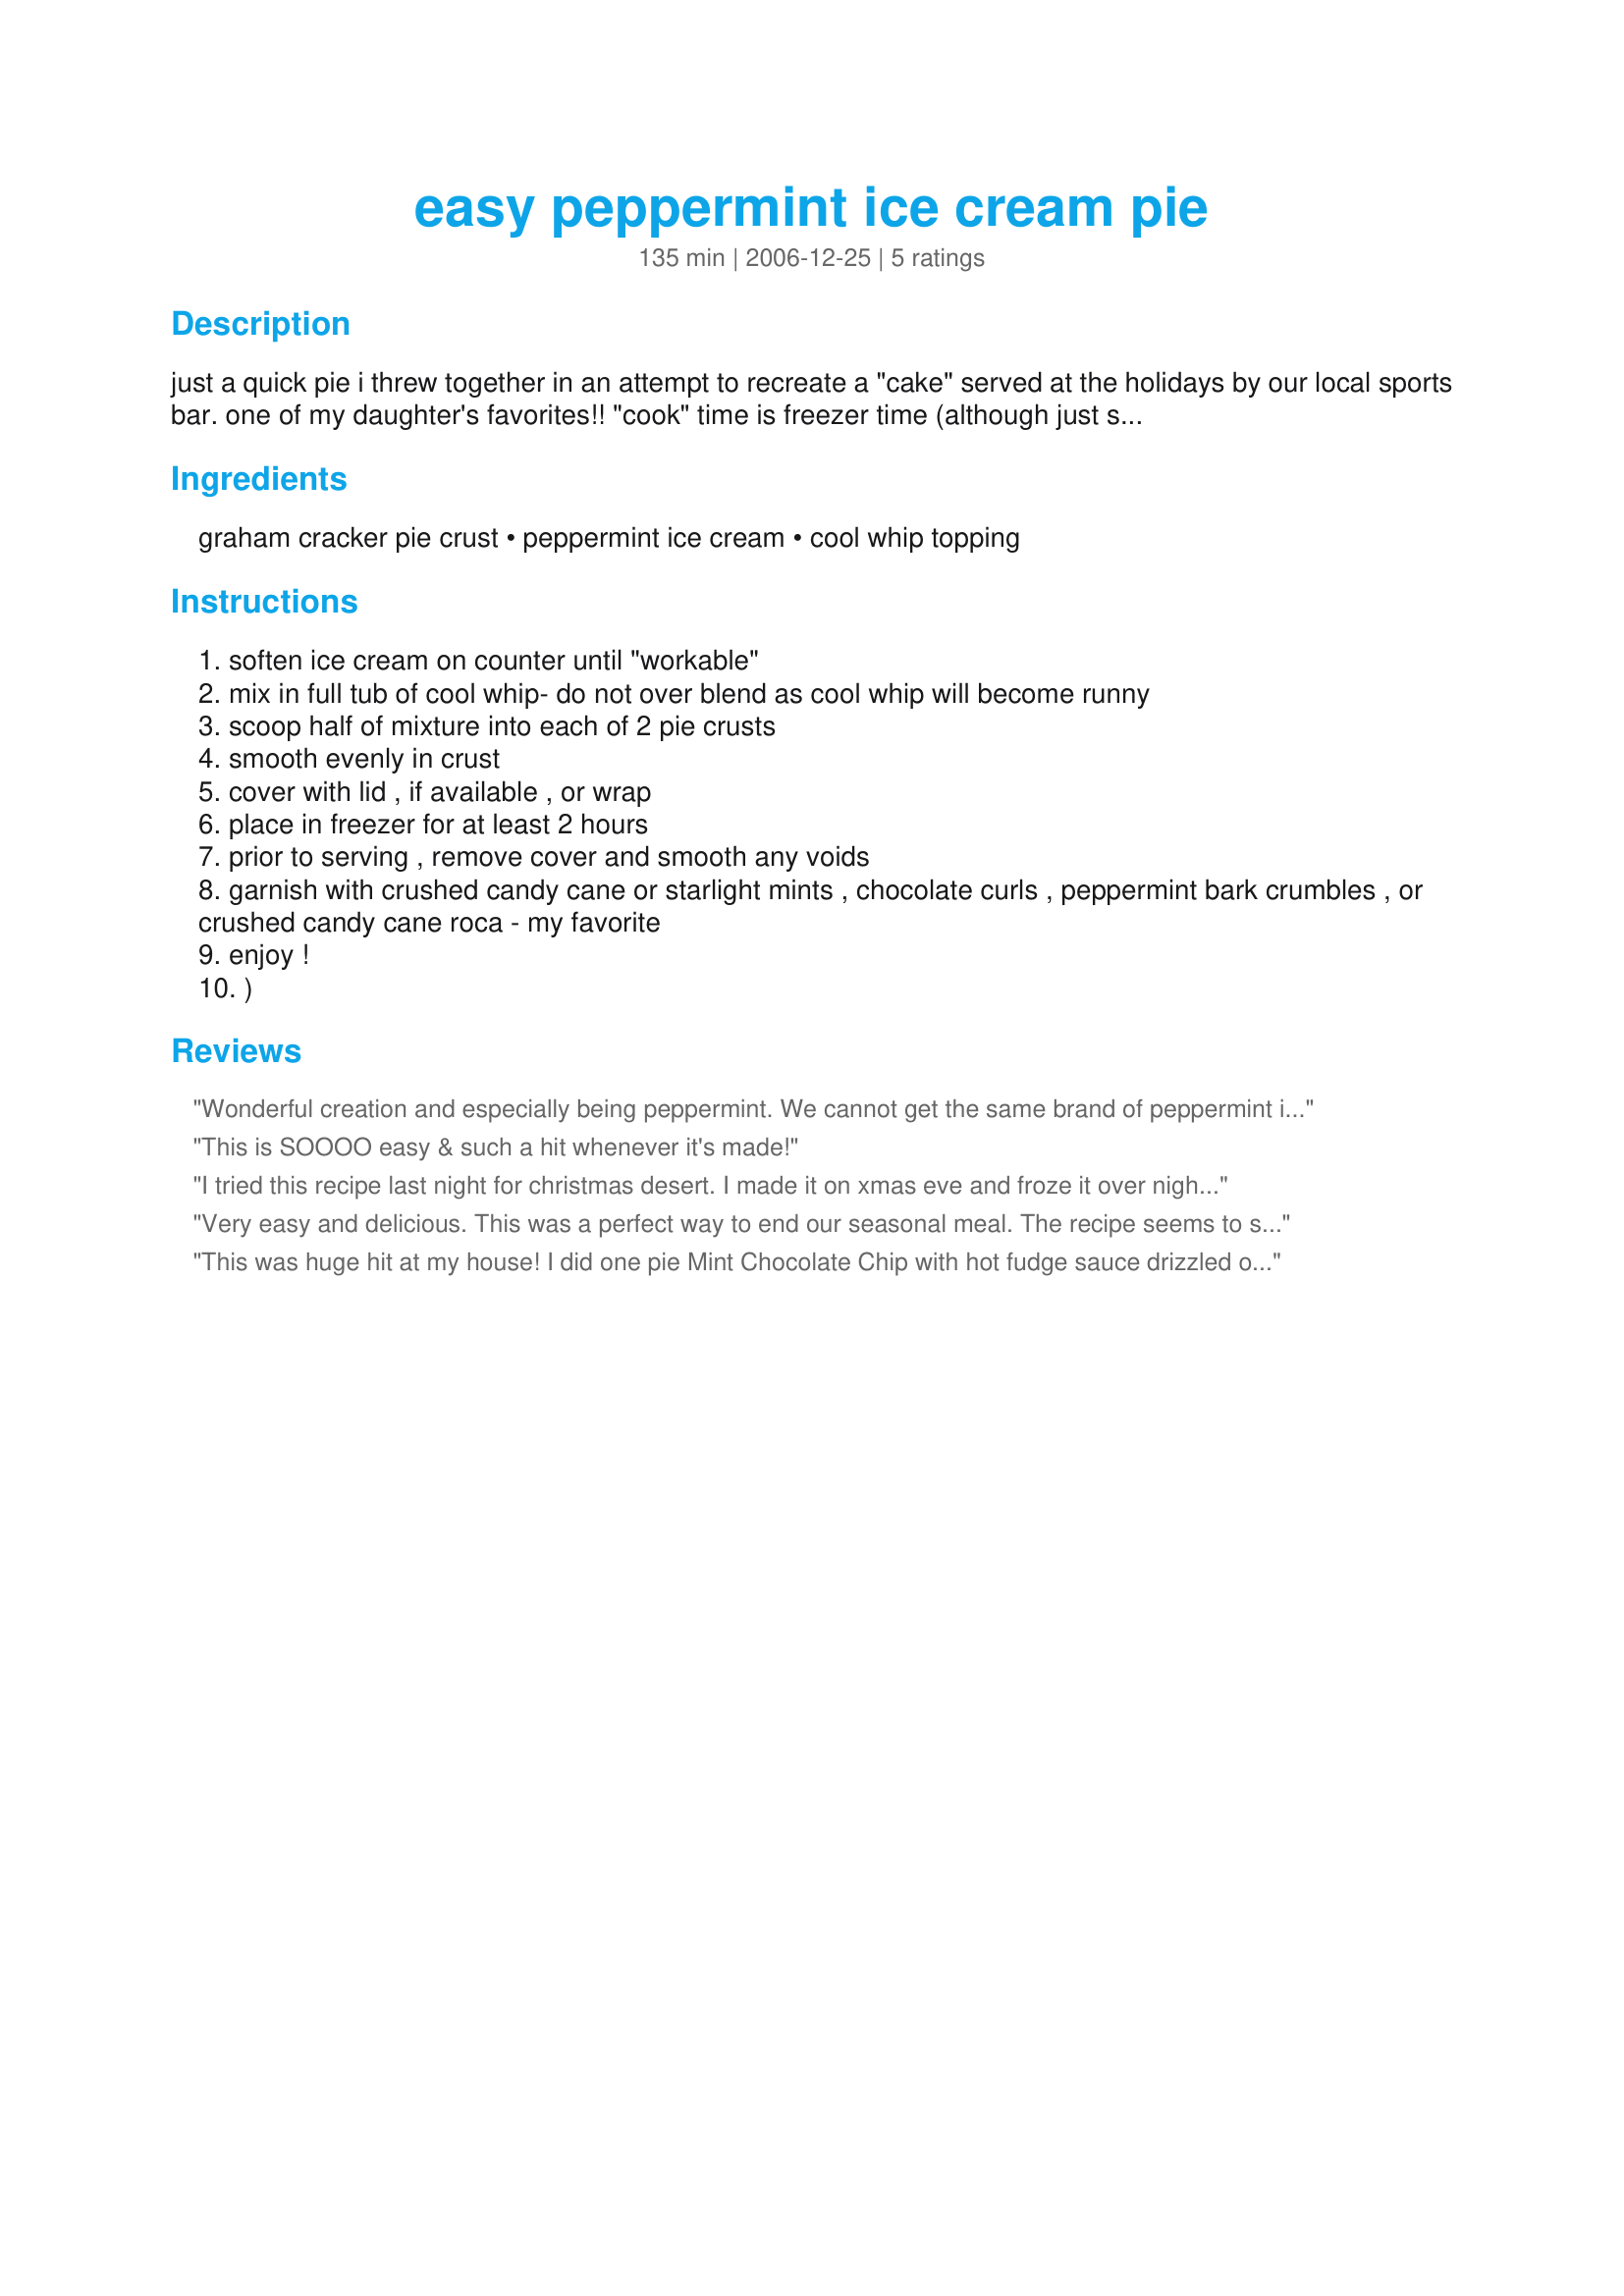
easy peppermint ice cream pie
Preparation time: 135 minutes

just a quick pie i threw together in an attempt to recreate a "cake" served at the holidays by our local sports bar. one of my daughter's favorites!! "cook" time is freezer time (although just suggested, i made mine and froze overnight). **update: as suggested by a reviewer - this really can be modified with your favorite flavor ice cream and garnished accordingly to suit the holiday or event. ;)

Ingredients:
graham cracker pie crust, peppermint ice cream, cool whip topping

Steps:
soften ice cream on counter until "workable"
mix in full tub of cool whip- do not over blend as cool whip will become runny
scoop half of mixture into each of 2 pie crusts
smooth evenly in crust
cover with lid , if available , or wrap
place in freezer for at least 2 hours
prior to serving , remove cover and smooth any voids
garnish with crushed candy cane or starlight mints , chocolate curls , peppermint bark crumbles , or crushed candy cane roca - my favorite
enjoy !
)

Reviews:
Wonderful creation and especially being peppermint. We cannot get the same brand of peppermint ice cream here but similar which worked just fine. Thanks so much for such an easy and perfect dessert. Nothing not to like about it.
This is SOOOO easy & such a hit whenever it's made!
I tried this recipe last night for christmas desert. I made it on xmas eve and froze it over night just like recommended. My family loved it. It was a quick and easy desert that seemed like I put in a lot of effort. I made 2 pies a peppermint pie and a cookie dough pie. Thanks for the recipe Mommy Diva.
Very easy and delicious. This was a perfect way to end our seasonal meal. The recipe seems to suit just about any specialty flavored ice cream so we may try this with the cinnamon and pumpkin ice creams that we've seen in the stores. Thanks Mommy Diva!!
This was huge hit at my house! I did one pie Mint Chocolate Chip with hot fudge sauce drizzled over. The other was Moose Tracks with hot fudge and caramel but I didn't get a picture before the gang inhaled their pie pieces. :) This was quick to put together. Thanks for sharing! Made for the November 2009 Aussie/NZ recipe swap.
